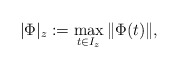
\begin{align*} |\Phi|_z := \max_{t \in I_z} \|\Phi(t)\|,\end{align*}